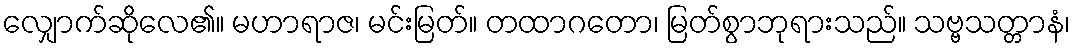
လျှောက်ဆိုလေ၏။ မဟာရာဇ၊ မင်းမြတ်။ တထာဂတော၊ မြတ်စွာဘုရားသည်။ သဗ္ဗသတ္တာနံ၊